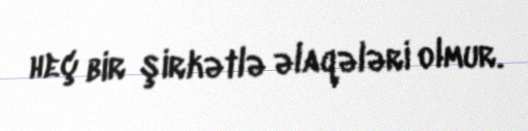
heç bir şirkətlə əlaqələri olmur.